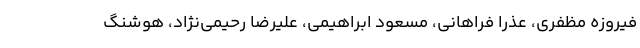
فیروزه مظفری، عذرا فراهانی، مسعود ابراهیمی، علیرضا رحیمی‌نژاد، هوشنگ